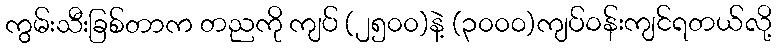
ကွမ်းသီးခြစ်တာက တညကို ကျပ် (၂၅၀၀)နဲ့ (၃၀၀၀)ကျပ်ဝန်းကျင်ရတယ်လို့